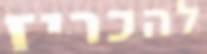
להכריז